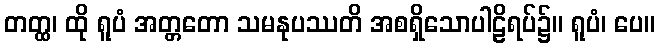
တတ္ထ၊ ထို ရူပံ အတ္တတော သမနုပဿတိ အစရှိသောပါဠိရပ်၌။ ရူပံ၊ ပေ။